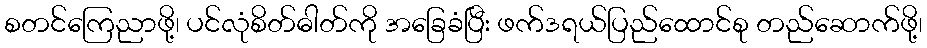
စတင်ကြေညာဖို့၊ ပင်လုံစိတ်ဓါတ်ကို အခြေခံပြီး ဖက်ဒရယ်ပြည်ထောင်စု တည်ဆောက်ဖို့၊